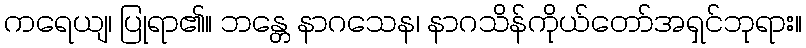
ကရေယျ၊ ပြုရာ၏။ ဘန္တေ နာဂသေန၊ နာဂသိန်ကိုယ်တော်အရှင်ဘုရား။